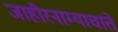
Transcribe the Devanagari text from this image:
जाहीरनाम्याचाते